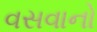
વસવાનો